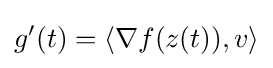
g'(t)=\langle \nabla f(z(t)),v\rangle